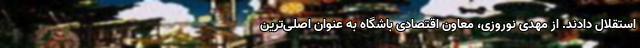
استقلال دادند. از مهدی نوروزی، معاون اقتصادی باشگاه به عنوان اصلی‌ترین